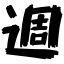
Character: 週